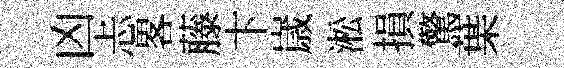
凶忐畧藤卞𡻕淞損驚葉